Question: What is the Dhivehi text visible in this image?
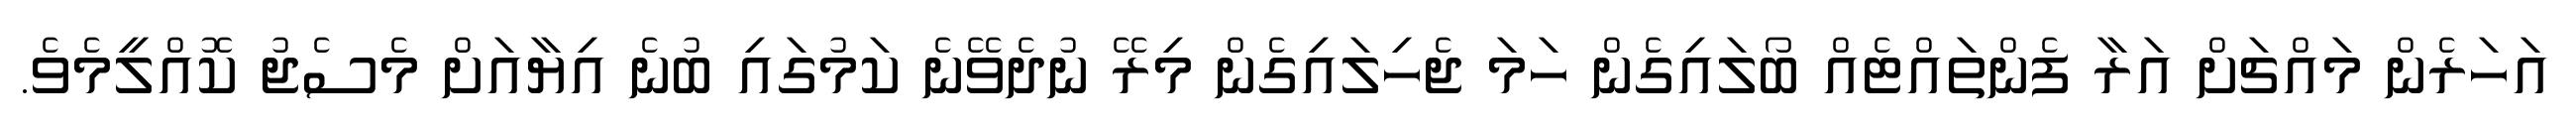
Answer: އަހަރެން މައްޗަށް އަރާ ފެންތައްޓެއް ބޯލައިގެން ހަމަ ޖެހިލައިގެން މިރޭ ނުދެވޭނެ ކަމުގައި ބުނެ އިޔާއަށް މެސެޖު ކޮއްލީމެވެ.